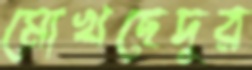
মোখছেদুর